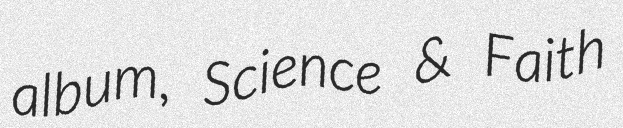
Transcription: album, Science & Faith